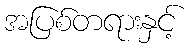
အပြစ်တရားနှင့်